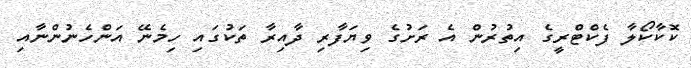
ކޮކާކޯލާ ފެކްޓްރީގެ އިތުރުން އެ ރަށުގެ ވިޔަފާރި ދާއިރާ ތަކުގައި ހިމެނޭ އަންހެނުންނާއި